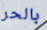
بالحر